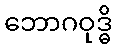
ဘောဂဝုဒ္ဓိ